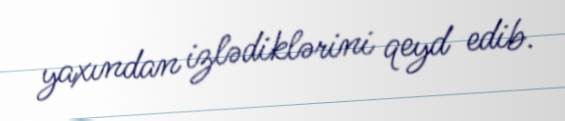
yaxından izlədiklərini qeyd edib.